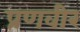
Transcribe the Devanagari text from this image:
प्रणवीर